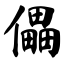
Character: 儡